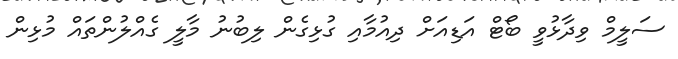
ސަލީމް ވިދާޅުވީ ބޯޓް އަޑިއަށް ދިއުމާއި ގުޅިގެން ލިބުނު މާލީ ގެއްލުންތައް މުޅިން